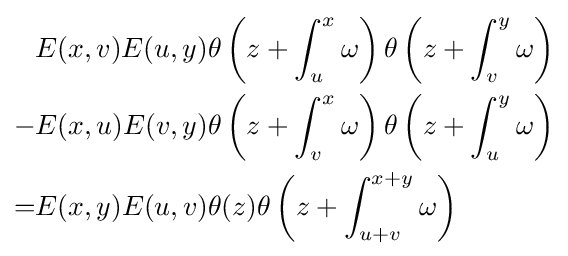
{\begin{aligned}&E(x,v)E(u,y)\theta \left(z+\int _{u}^{x}\omega \right)\theta \left(z+\int _{v}^{y}\omega \right)\\-&E(x,u)E(v,y)\theta \left(z+\int _{v}^{x}\omega \right)\theta \left(z+\int _{u}^{y}\omega \right)\\=&E(x,y)E(u,v)\theta (z)\theta \left(z+\int _{u+v}^{x+y}\omega \right)\end{aligned}}